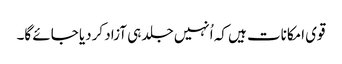
قوی امکانات ہیں کہ اُنہیں جلد ہی آزاد کردیا جائے گا۔